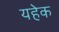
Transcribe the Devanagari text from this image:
यहेक